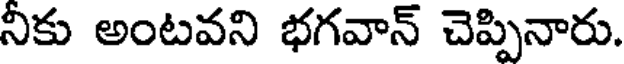
నికు అంటవని భగవాన్ చెప్పినారు.